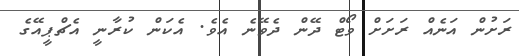
ރަށުން އަނެއް ރަށަށް ވޯޓް ދޭން ދެވޭނެ އެވެ. އެކަން ކުރާނީ އެޗްޕީއޭގެ